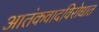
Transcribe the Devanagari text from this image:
आतंकवादविरोधात